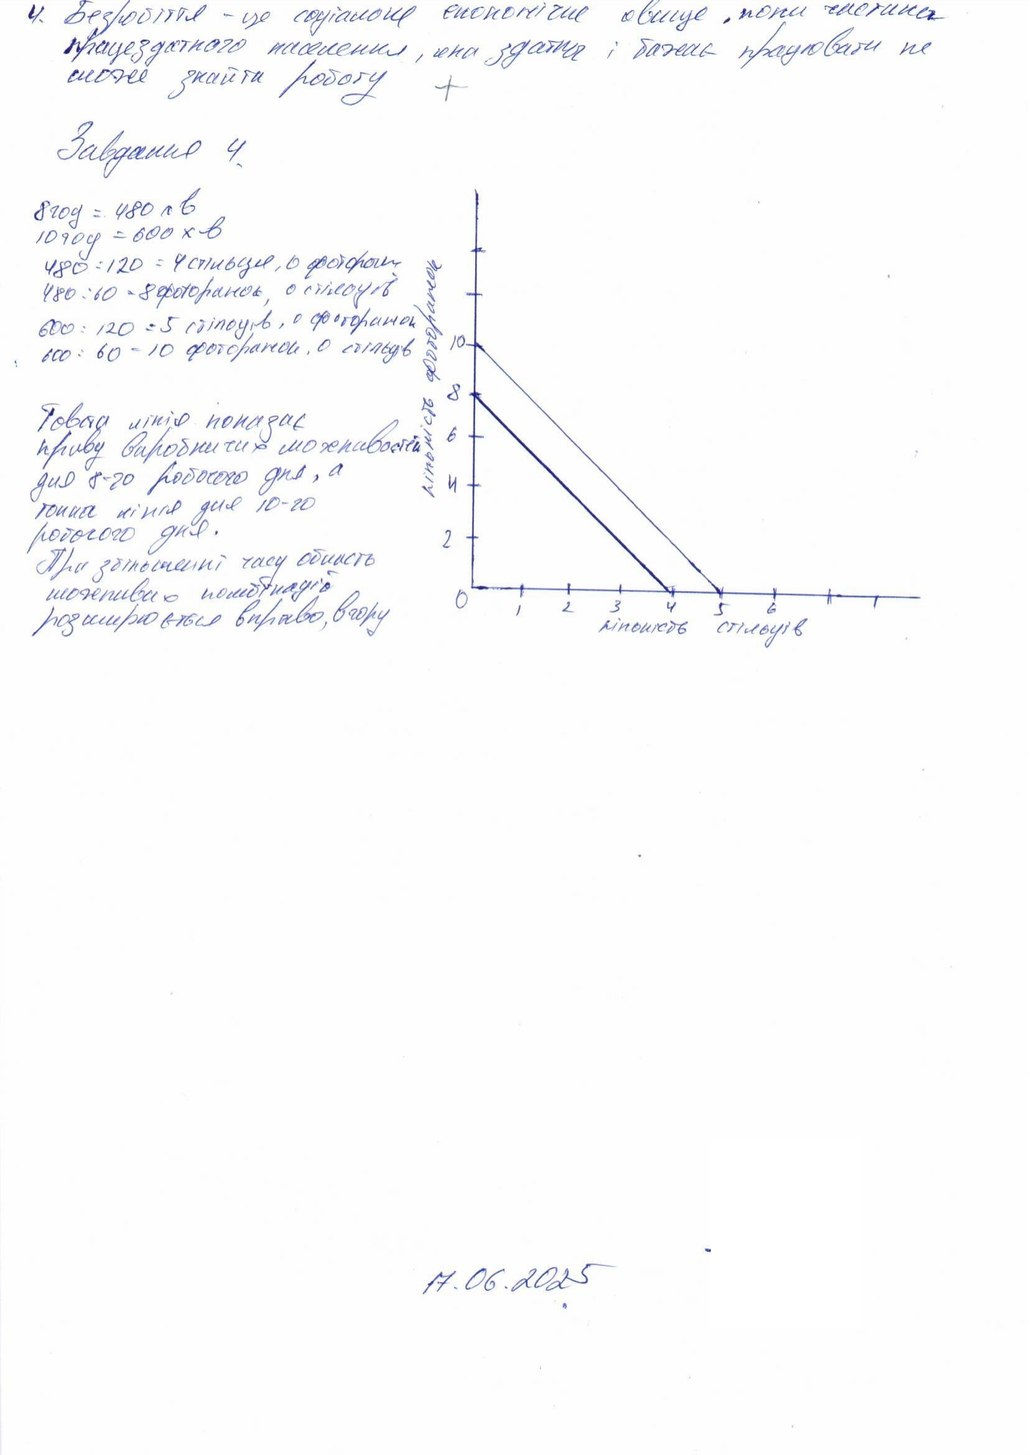
4. Безробіття - це соціально економічне явище, коли частина
працездатного населення, яка здатна і бажає працювати не
може знайти роботу
+
Завдання 4.
8 год = 480 хв
10 год = 600 xв
480 : 120 = 4 стільця, 0 фоторамок
480 : 60 = 8 фоторамок, 0 стільців
600 : 120 = 5 стільців, 0 фоторамок
600 : 60 = 10 фоторамок, 0 стільців
Товста лінія показує
криву виробничих можливостей
для 8-го робочого дня, а
тонка лінія для 10-го
робочого дня.
При збільшенні часу область
можливих комбінацій
розширюється вправо, вгору
17.06.2025